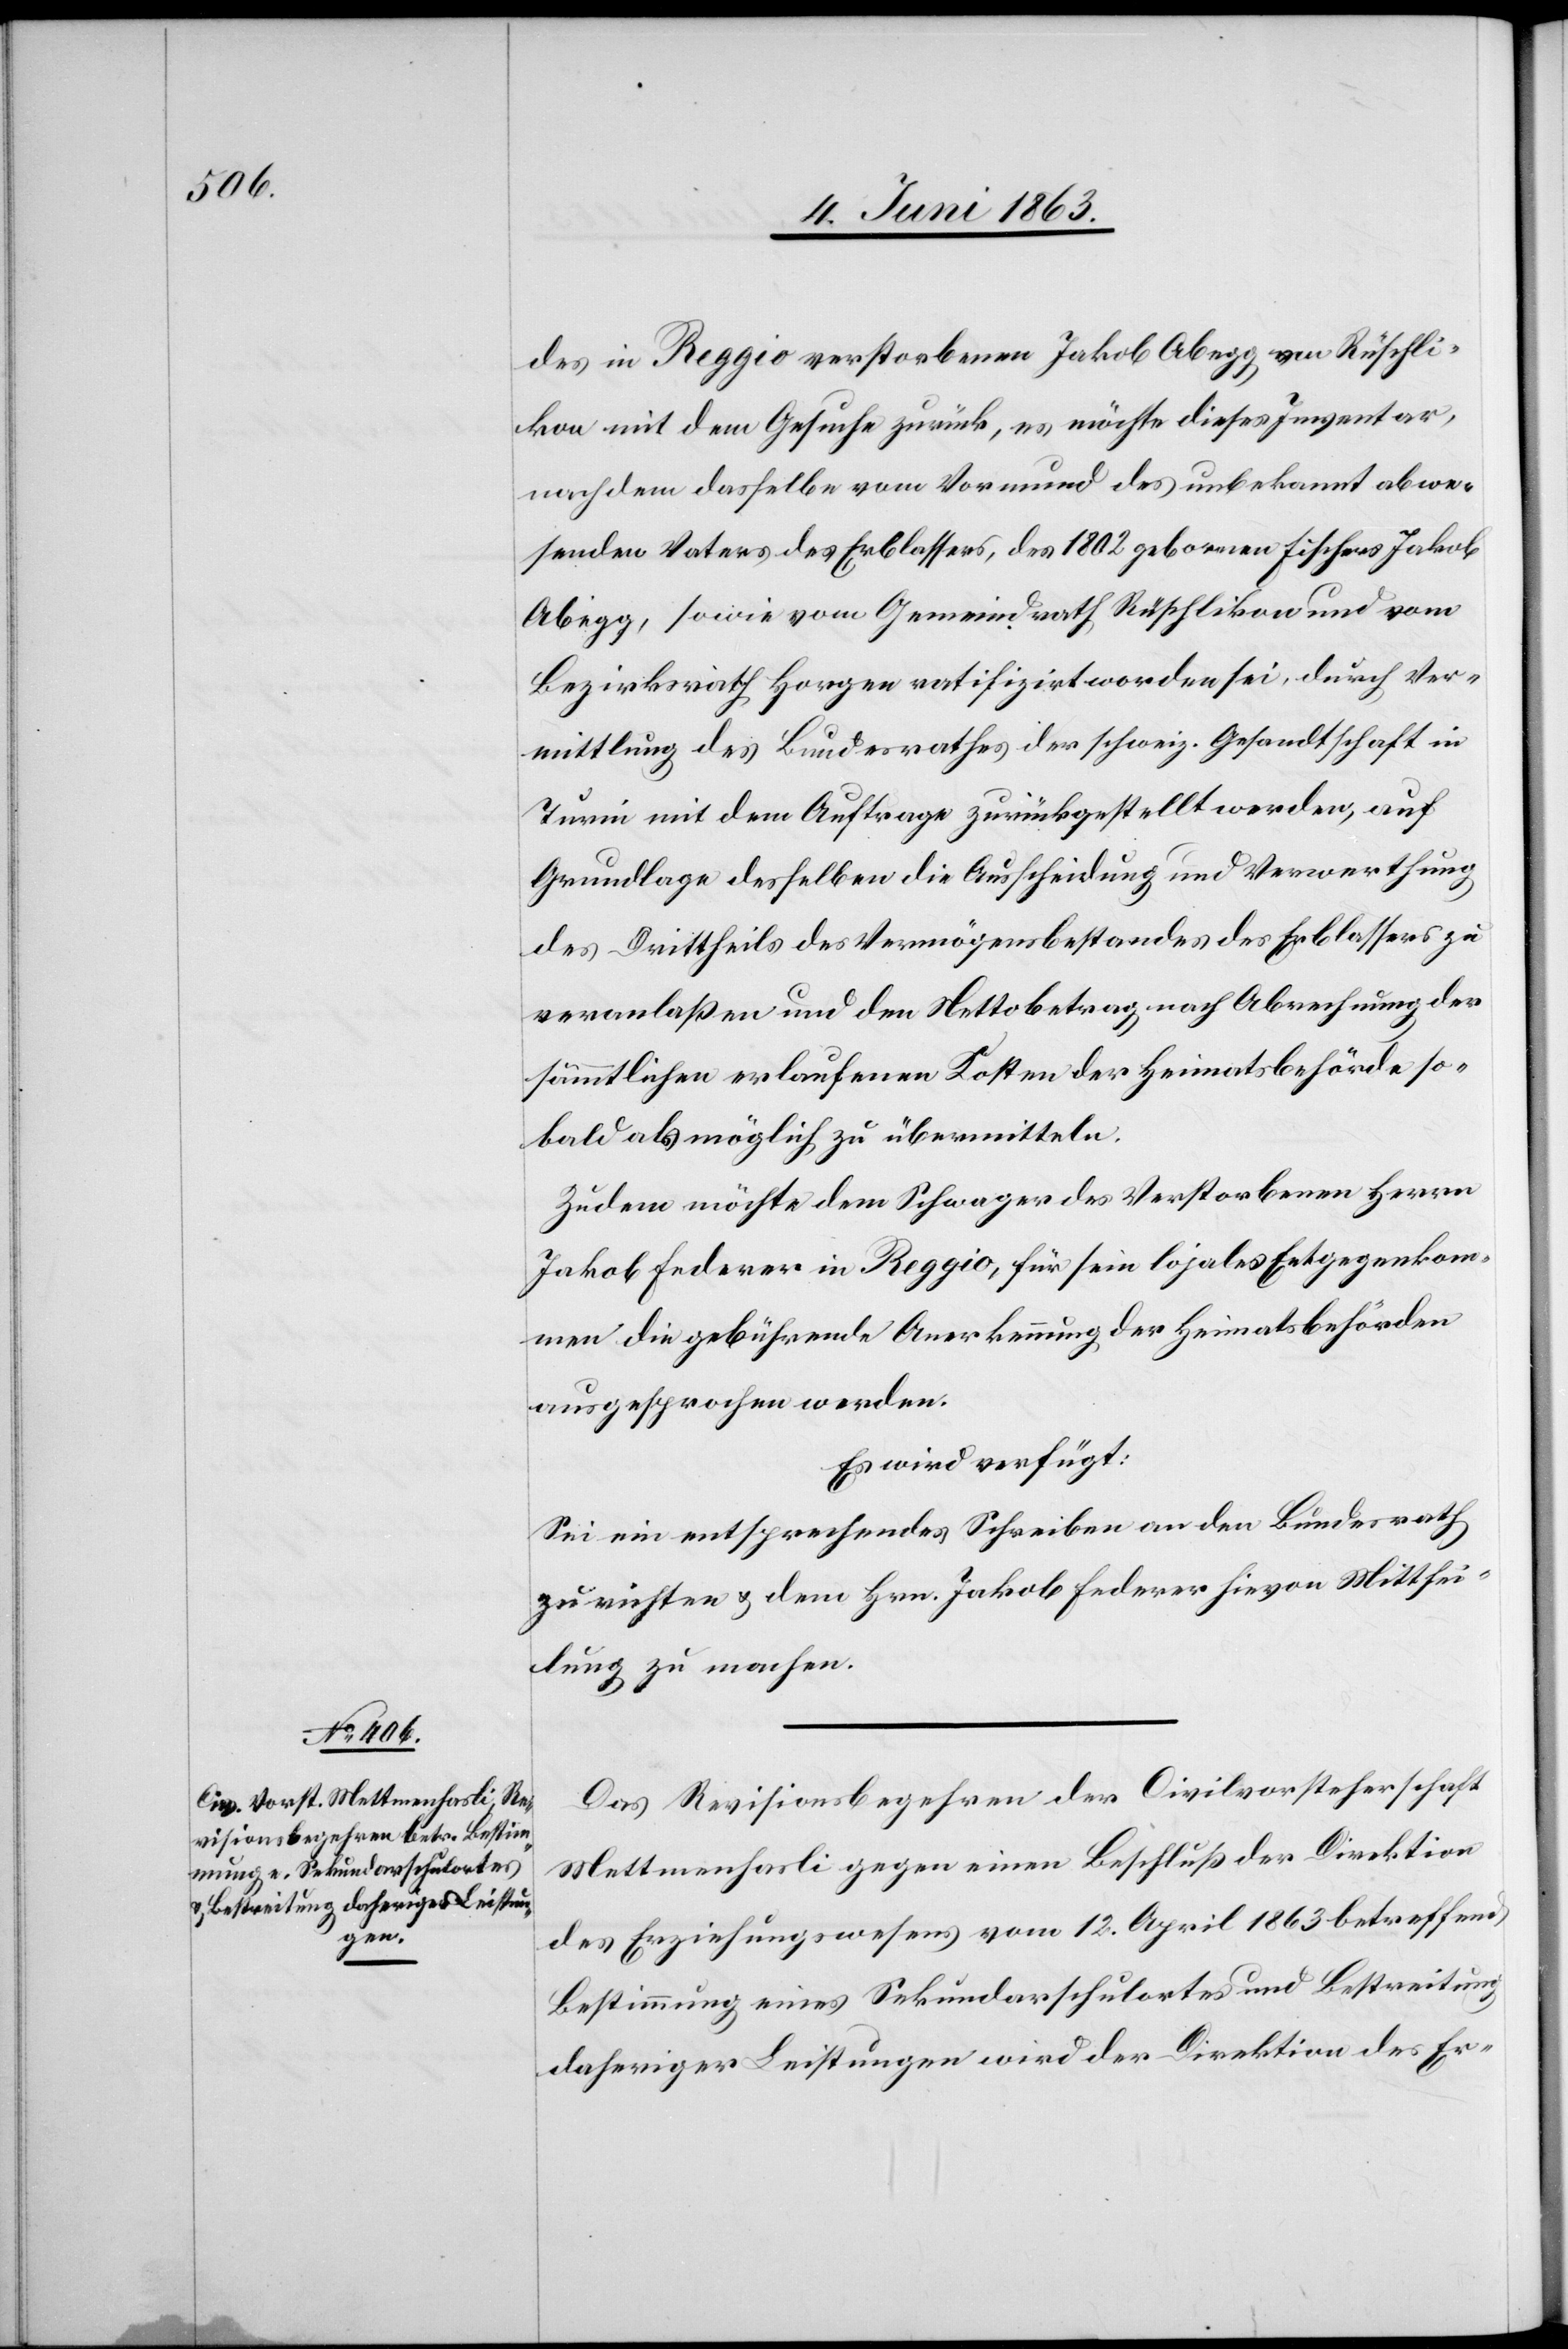
4. Juni 1863.]
des in Reggio verstorbenen Jakob Abegg von Rüschli¬
kon mit dem Gesuche zurück, es möchte dieses Inventar,
nachdem dasselbe vom Vormund des unbekannt abwe¬
senden Vaters des Erblassers, des 1802 gebornen Fischers Jakob
Abegg, sowie vom Gemeindrath Rüschlikon und vom
Bezirksrath Horgen ratifizirt worden sei, durch Ver¬
mittlung des Bundesrathes der schweiz. Gesandtschaft in
Turin mit dem Auftrage zurückgestellt werden, auf
Grundlage desselben die Ausscheidung und Verwerthung
des Drittheils des Vermögensbestandes des Erblassers zu
veranlaßen und den Nettobetrag nach Abrechnung der
sämmtlichen erlaufenen Kosten der Heimatsbehörde so¬
bald als möglich zu übermitteln.
Zudem möchte dem Schwager des Verstorbenen Herrn
Jakob Federer in Reggio, für sein lojales Entgegenkom¬
men die gebührende Anerkennung der Heimatsbehörden
ausgesprochen werden.
Es wird verfügt:
Sei ein entsprechendes Schreiben an den Bundesrath
zu richten & dem Hrn. Jakob Federer hievon Mitthei¬
lung zu machen.
Das Revisionsbegehren der Civilvorsteherschaft
Mettmenhasli gegen einen Beschluß der Direktion
des Erziehungswesens vom 12. April 1863 betreffend
Bestimmung eines Sekundarschulortes und Bestreitung
daheriger Leistungen wird der Direktion des Er-